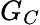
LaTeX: G_{C}